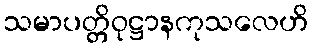
သမာပတ္တိဝုဋ္ဌာနကုသလေဟိ